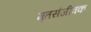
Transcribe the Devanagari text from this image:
मृतसंजीवक